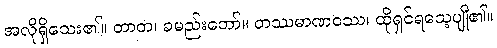
အလိုရှိသေး၏။ တာတ၊ ခမည်းတော်။ တဿမာဏဝဿ၊ ထိုရှင်ရသေ့ပျို၏။